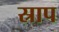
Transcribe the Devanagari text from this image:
स्राप